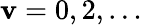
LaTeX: \mathbf{v}=0,2,\ldots